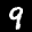
Label: 9